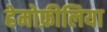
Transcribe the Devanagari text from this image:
हेमोफ़ीलिया